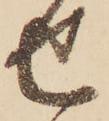
せ